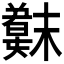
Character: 𫤳